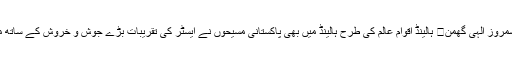
چوہدری شمروز الہی گھمن	 ہالینڈ اقوام عالم کی طرح ہالینڈ میں بھی پاکستانی مسیحوں نے ایسٹر کی تقریبات بڑے جوش و خروش کے ساتھ منائی گئیں